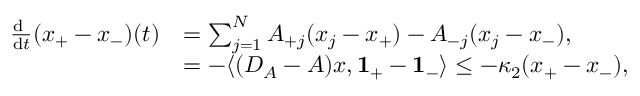
\begin{array} { r l } { \frac { \mathrm { d \, \, } } { \mathrm { d } t } ( x _ { + } - x _ { - } ) ( t ) } & { = \sum _ { j = 1 } ^ { N } A _ { + j } ( x _ { j } - x _ { + } ) - A _ { - j } ( x _ { j } - x _ { - } ) , } \\ & { = - \langle ( D _ { A } - A ) { \boldsymbol x } , \mathbf { 1 } _ { + } - \mathbf 1 _ { - } \rangle \leq - \kappa _ { 2 } ( x _ { + } - x _ { - } ) , } \end{array}